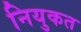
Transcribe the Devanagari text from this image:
नियुकत